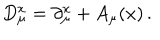
D _ { \mu } ^ { x } = \partial _ { \mu } ^ { x } + A _ { \mu } ( x ) \, .